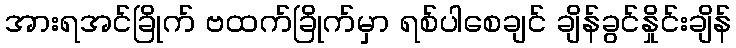
အားရအင်ခြိုက် ဗထက်ခြိုက်မှာ ရစ်ပါစေချင် ချိန်ခွင်နှိုင်းချိန်